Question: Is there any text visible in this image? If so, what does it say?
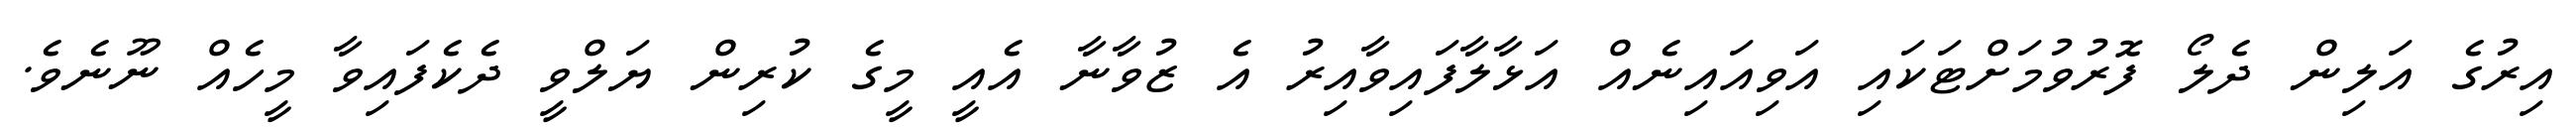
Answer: އިރުގެ އަލިން ދެލޯ ފޮރުވުމަށްޓަކައި އަވިއައިނެއް އަޅާލާފައިވާއިރު އެ ޒުވާނާ އެއީ މީގެ ކުރިން ޔަލްވީ ދެކެފައިވާ މީހެއް ނޫނެވެ.